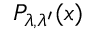
P _ { \lambda , \lambda ^ { \prime } } ( x )